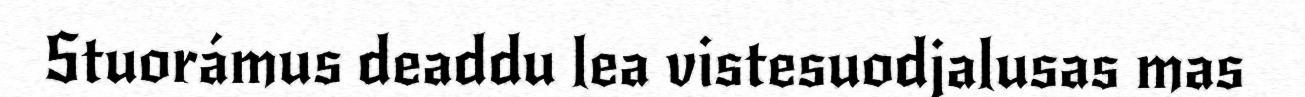
Stuorámus deaddu lea vistesuodjalusas mas